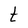
Character: t